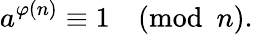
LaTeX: a^{\varphi(n)}\equiv 1{\pmod{n}}.